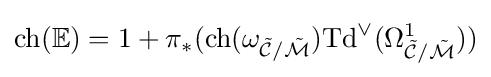
\mathrm {ch} (\mathbb {E} )=1+\pi _{*}({\text{ch}}(\omega _{{\tilde {\mathcal {C}}}/{\tilde {\mathcal {M}}}}){\text{Td}}^{\vee }(\Omega _{{\tilde {\mathcal {C}}}/{\tilde {\mathcal {M}}}}^{1}))